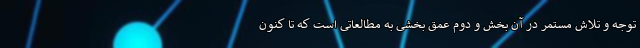
توجه و تلاش مستمر در آن بخش و دوم عمق بخشی به مطالعاتی است که تا کنون